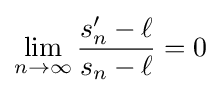
\lim _{n\to \infty }{\frac {s'_{n}-\ell }{s_{n}-\ell }}=0